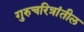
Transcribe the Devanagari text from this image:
गुरुचरित्रांतील